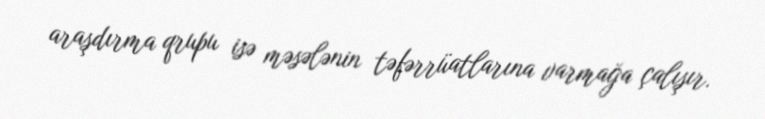
araşdırma qrupu isə məsələnin təfərrüatlarına varmağa çalışır.